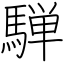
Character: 騨